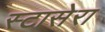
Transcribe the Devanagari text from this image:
स्टासेरा